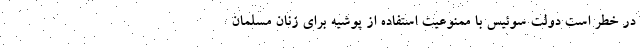
در خطر است دولت سوئیس با ممنوعیت استفاده از پوشیه برای زنان مسلمان